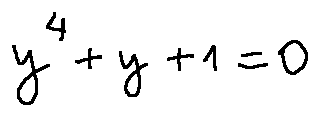
y ^ { 4 } + y + 1 = 0